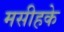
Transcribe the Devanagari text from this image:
मसीहके